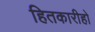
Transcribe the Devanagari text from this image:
हितकारीहो